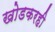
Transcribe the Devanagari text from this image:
खोडकरही